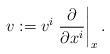
LaTeX: \begin{align*} v:= v^i\left.\frac{\partial}{\partial x^i}\right|_x.\end{align*}